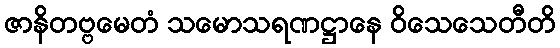
ဇာနိတဗ္ဗမေတံ သမောသရဏဋ္ဌာနေ ဝိသေသေတီတိ